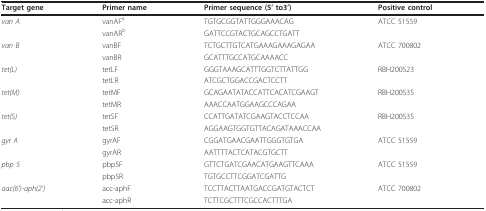
<table><thead><tr><td><b>Target gene</b></td><td><b>Primer name</b></td><td><b>Primer sequence (5&#x27; to3&#x27;)</b></td><td><b>Positive control</b></td></tr></thead><tbody><tr><td><i>van A</i></td><td>vanAF<sup>a</sup></td><td>TGTGCGGTATTGGGAAACAG</td><td>ATCC 51559</td></tr><tr><td></td><td>vanAR<sup>b</sup></td><td>GATTCCGTACTGCAGCCTGATT</td><td></td></tr><tr><td><i>van B</i></td><td>vanBF</td><td>TCTGCTTGTCATGAAAGAAAGAGAA</td><td>ATCC 700802</td></tr><tr><td></td><td>vanBR</td><td>GCATTTGCCATGCAAAACC</td><td></td></tr><tr><td><i>tet(L)</i></td><td>tetLF</td><td>GGGTAAAGCATTTGGTCTTATTGG</td><td>RBH200523</td></tr><tr><td></td><td>tetLR</td><td>ATCGCTGGACCGACTCCTT</td><td></td></tr><tr><td><i>tet(M)</i></td><td>tetMF</td><td>GCAGAATATACCATTCACATCGAAGT</td><td>RBH200535</td></tr><tr><td></td><td>tetMR</td><td>AAACCAATGGAAGCCCAGAA</td><td></td></tr><tr><td><i>tet(S)</i></td><td>tetSF</td><td>CCATTGATATCGAAGTACCTCCAA</td><td>RBH200535</td></tr><tr><td></td><td>tetSR</td><td>AGGAAGTGGTGTTACAGATAAACCAA</td><td></td></tr><tr><td><i>gyr A</i></td><td>gyrAF</td><td>CGGATGAACGAATTGGGTGTGA</td><td>ATCC 51559</td></tr><tr><td></td><td>gyrAR</td><td>AATTTTACTCATACGTGCTT</td><td></td></tr><tr><td><i>pbp 5</i></td><td>pbp5F</td><td>GTTCTGATCGAACATGAAGTTCAAA</td><td>ATCC 51559</td></tr><tr><td></td><td>pbp5R</td><td>TGTGCCTTCGGATCGATTG</td><td></td></tr><tr><td><i>aac(6&#x27;)-aph(2&#x27;)</i></td><td>acc-aphF</td><td>TCCTTACTTAATGACCGATGTACTCT</td><td>ATCC 700802</td></tr><tr><td></td><td>acc-aphR</td><td>TCTTCGCTTTCGCCACTTTGA</td><td></td></tr></tbody></table>